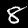
Digit: 8